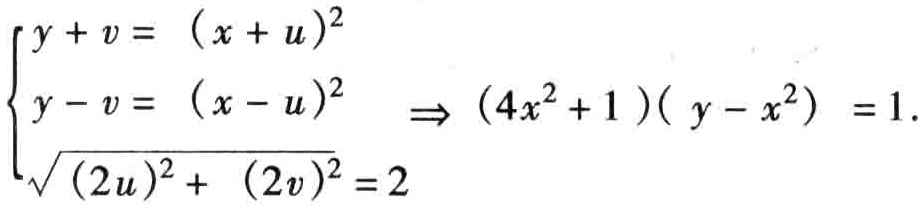
\[\begin{cases}
y + v = (x + u)^2\\
y - v = (x - u)^2\\
\sqrt{(2u)^2 + (2v)^2} = 2
\end{cases}
\Rightarrow (4x^2 + 1)(y - x^2) = 1.\]